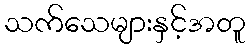
သက်သေများနှင့်အတူ